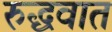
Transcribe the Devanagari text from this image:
रुद्धवात